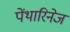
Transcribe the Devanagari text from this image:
पेंथारिनेज